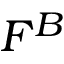
F ^ { B }